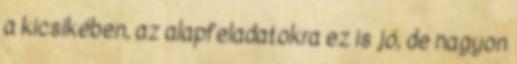
a kicsikében, az alapfeladatokra ez is jó, de nagyon